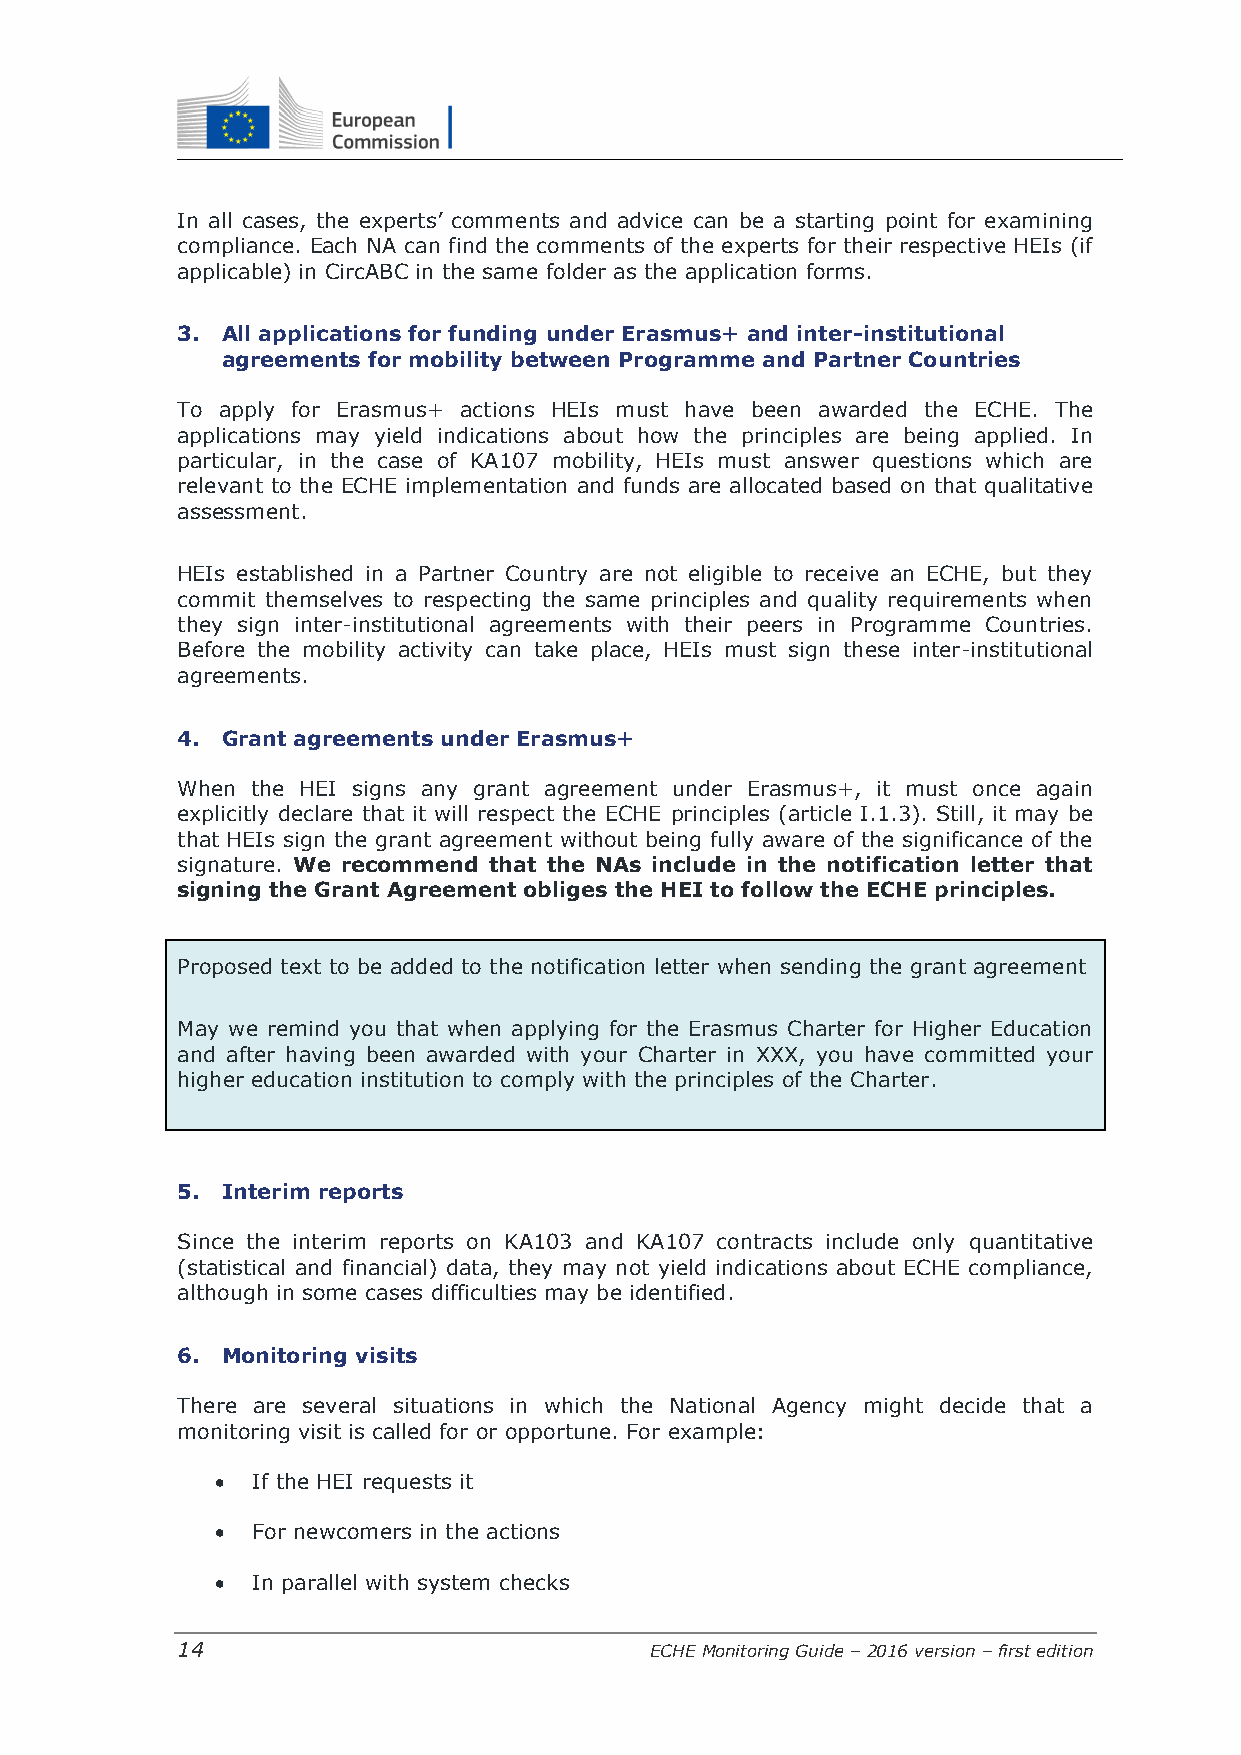
In all cases, the experts’ comments and advice can be a starting point for examining
 compliance. Each NA can find the comments of the experts for their respective HEIs (if
 applicable) in CircABC in the same folder as the application forms.
 3. All applications for funding under Erasmus+ and inter-institutional
 agreements for mobility between Programme and Partner Countries
 To apply for Erasmus+ actions HEIs must have been awarded the ECHE. The
 applications may yield indications about how the principles are being applied. In
 particular, in the case of KA107 mobility, HEIs must answer questions which are
 relevant to the ECHE implementation and funds are allocated based on that qualitative
 assessment.
 HEIs established in a Partner Country are not eligible to receive an ECHE, but they
 commit themselves to respecting the same principles and quality requirements when
 they sign inter-institutional agreements with their peers in Programme Countries.
 Before the mobility activity can take place, HEIs must sign these inter-institutional
 agreements.
 4. Grant agreements under Erasmus+
 When the HEI signs any grant agreement under Erasmus+, it must once again
 explicitly declare that it will respect the ECHE principles (article I.1.3). Still, it may be
 that HEIs sign the grant agreement without being fully aware of the significance of the
 signature. We recommend that the NAs include in the notification letter that
 signing the Grant Agreement obliges the HEI to follow the ECHE principles.
 Proposed text to be added to the notification letter when sending the grant agreement
 May we remind you that when applying for the Erasmus Charter for Higher Education
 and after having been awarded with your Charter in XXX, you have committed your
 higher education institution to comply with the principles of the Charter.
 5. Interim reports
 Since the interim reports on KA103 and KA107 contracts include only quantitative
 (statistical and financial) data, they may not yield indications about ECHE compliance,
 although in some cases difficulties may be identified.
 6. Monitoring visits
 There are several situations in which the National Agency might decide that a
 monitoring visit is called for or opportune. For example:
   If the HEI requests it
   For newcomers in the actions
   In parallel with system checks
 14                             ECHE Monitoring Guide – 2016 version – first edition